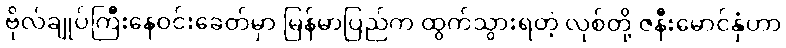
ဗိုလ်ချုပ်ကြီးနေဝင်းခေတ်မှာ မြန်မာပြည်က ထွက်သွားရတဲ့ လုစ်တို့ ဇနီးမောင်နှံဟာ